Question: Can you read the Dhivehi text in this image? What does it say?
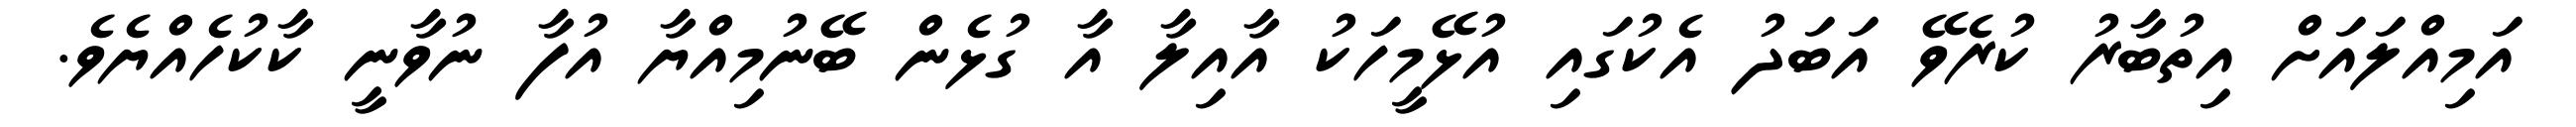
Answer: އަމިއްލައަށް އިތުބާރު ކުރެވޭ އަބަދު އެކުގައި އުޅޭމީހަކު އާއިލާ އާ ގުޅެން ބޭނުމިއްޔާ އުފާ ނުވާނީ ކާކުހެއްޔެވެ.